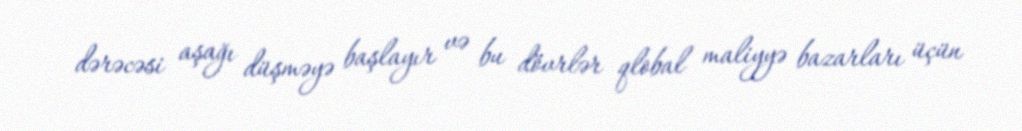
dərəcəsi aşağı düşməyə başlayır və bu dövrlər qlobal maliyyə bazarları üçün